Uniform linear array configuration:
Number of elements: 64
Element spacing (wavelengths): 0.25
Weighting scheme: hann
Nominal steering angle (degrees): -30
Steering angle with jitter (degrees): -29.109
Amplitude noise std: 0.05
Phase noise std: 0.05

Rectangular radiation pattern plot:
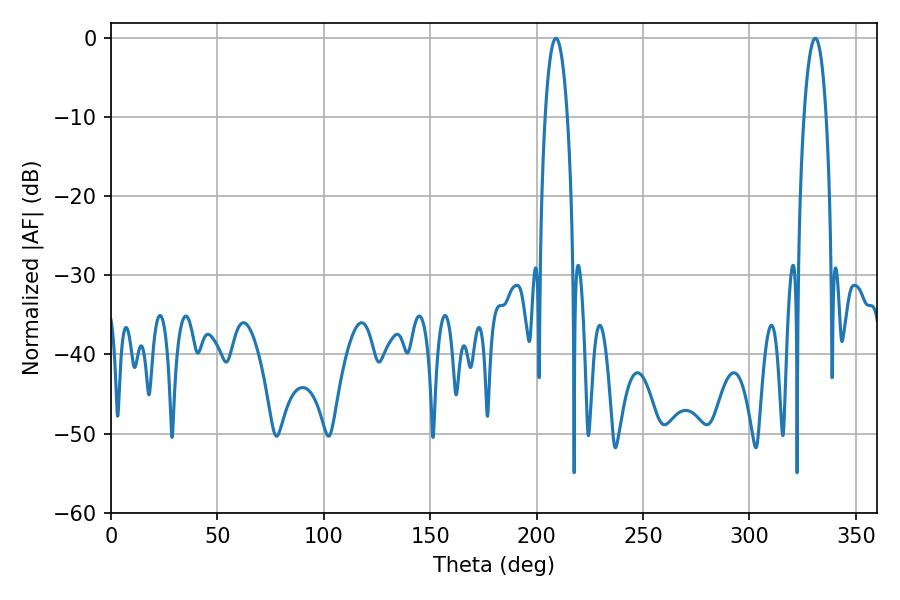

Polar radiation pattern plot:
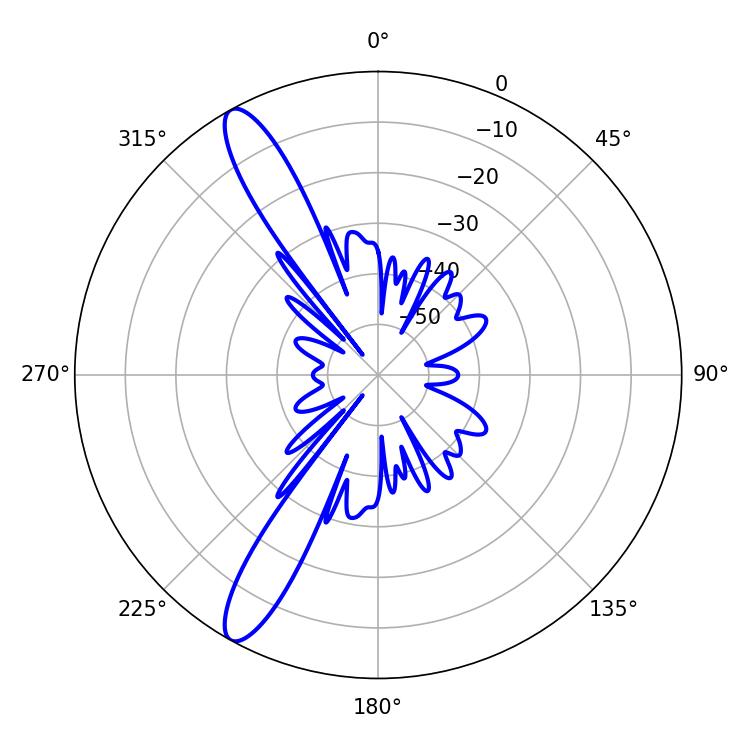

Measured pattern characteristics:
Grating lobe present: FALSE
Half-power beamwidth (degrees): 5.76
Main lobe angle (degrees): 208.98